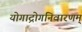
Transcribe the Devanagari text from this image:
योगाद्रोगनिवारणम्